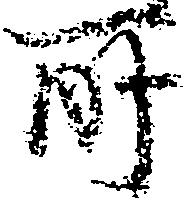
所